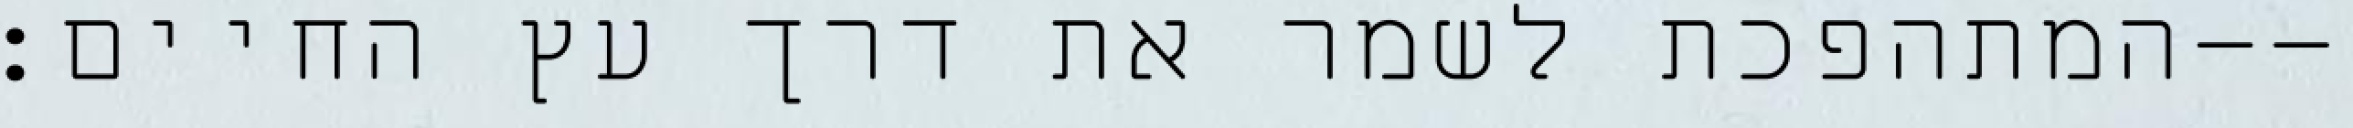
המתהפכת לשמר את דרך עץ החיים׃--